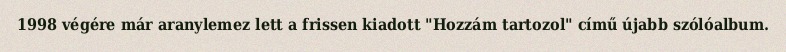
1998 végére már aranylemez lett a frissen kiadott "Hozzám tartozol" című újabb szólóalbum.